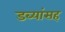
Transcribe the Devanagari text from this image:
डब्यांसह